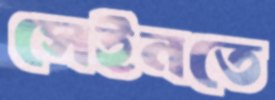
সেইনতে